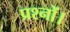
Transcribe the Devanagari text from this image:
प्रश्नों।